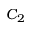
C _ { 2 }